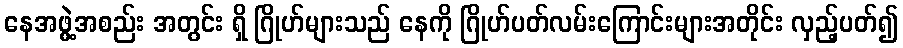
နေအဖွဲ့အစည်း အတွင်း ရှိ ဂြိုဟ်များသည် နေကို ဂြိုဟ်ပတ်လမ်းကြောင်းများအတိုင်း လှည့်ပတ်၍